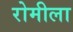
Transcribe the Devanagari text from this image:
रोमीला